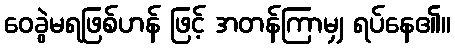
ဝေခွဲမရဖြစ်ဟန် ဖြင့် အတန်ကြာမျှ ရပ်နေ၏။